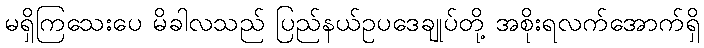
မရှိကြသေးပေ မိခါလသည် ပြည်နယ်ဥပဒေချုပ်တို့ အစိုးရလက်အောက်ရှိ